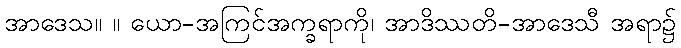
အာဒေသ။ ။ ယော-အကြင်အက္ခရာကို၊ အာဒိဿတိ-အာဒေသီ အရာ၌